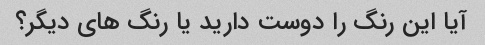
آیا این رنگ را دوست دارید یا رنگ های دیگر؟